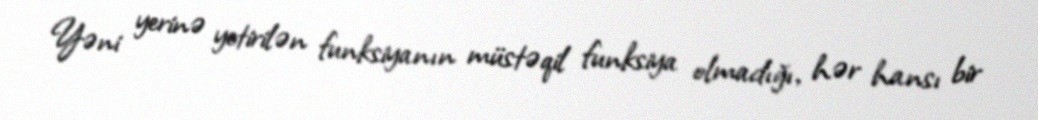
Yəni yerinə yetirilən funksiyanın müstəqil funksiya olmadığı, hər hansı bir